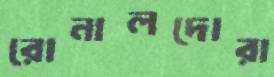
রোনালদোরা